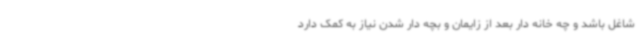
شاغل باشد و چه خانه دار بعد از زایمان و بچه دار شدن نیاز به کمک دارد